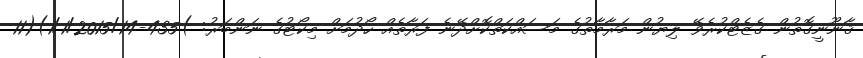
ޤާނޫނީގޮތުން ގެޒެޓްކުރެވޭ ލިޔުން މަރާމާތުގެ މަސައްކަތްކޮށްދޭނެ ފަރާތެއް ހޯދުމަށް މިކޯޓުގެ ނަންބަރު: )435-1/1/2015/14)(11